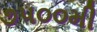
૭૫૦૦મી